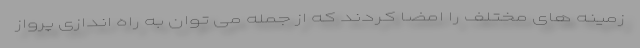
زمینه های مختلف را امضا کردند که از جمله می توان به راه اندازی پرواز